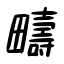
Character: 疇